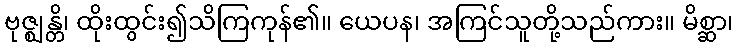
ဗုဇ္ဈန္တိ၊ ထိုးထွင်း၍သိကြကုန်၏။ ယေပန၊ အကြင်သူတို့သည်ကား။ မိစ္ဆာ၊